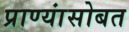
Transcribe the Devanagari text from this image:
प्राण्यांसोबत